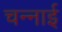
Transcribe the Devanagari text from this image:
चन्नाई